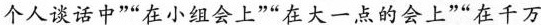
个人谈话中”“在小组会上”“在大一点的会上”“在千万